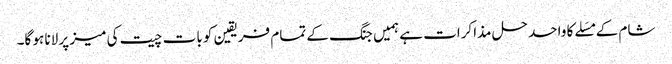
شام کے مسَلے کا واحد حل مذاکرات ہے ہمیں جنگ کے تمام فریقین کو بات چیت کی میز پر لانا ہو گا۔